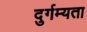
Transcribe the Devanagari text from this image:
दुर्गम्यता